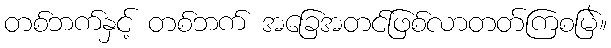
တစ်ဘက်နှင့် တစ်ဘက် အခြေအတင်ဖြစ်လာတတ်ကြစမြဲ။